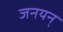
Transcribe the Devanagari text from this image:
जनयन्